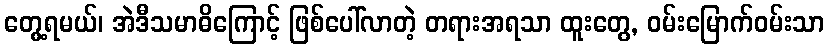
တွေ့ရမယ်၊ အဲဒီသမာဓိကြောင့် ဖြစ်ပေါ်လာတဲ့ တရားအရသာ ထူးတွေ, ဝမ်းမြောက်ဝမ်းသာ